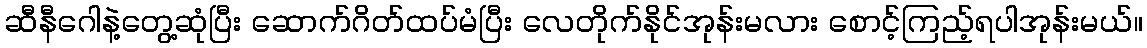
ဆီနီဂေါနဲ့တွေ့ဆုံပြီး ဆောက်ဂိတ်ထပ်မံပြီး လေတိုက်နိုင်အုန်းမလား စောင့်ကြည့်ရပါအုန်းမယ်။